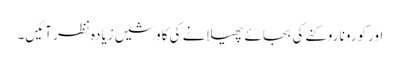
اور کورونا روکنے کی بجائے پھیلانے کی کاوشیں زیادہ نظر آئیں۔